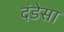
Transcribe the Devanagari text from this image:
दंडेसा